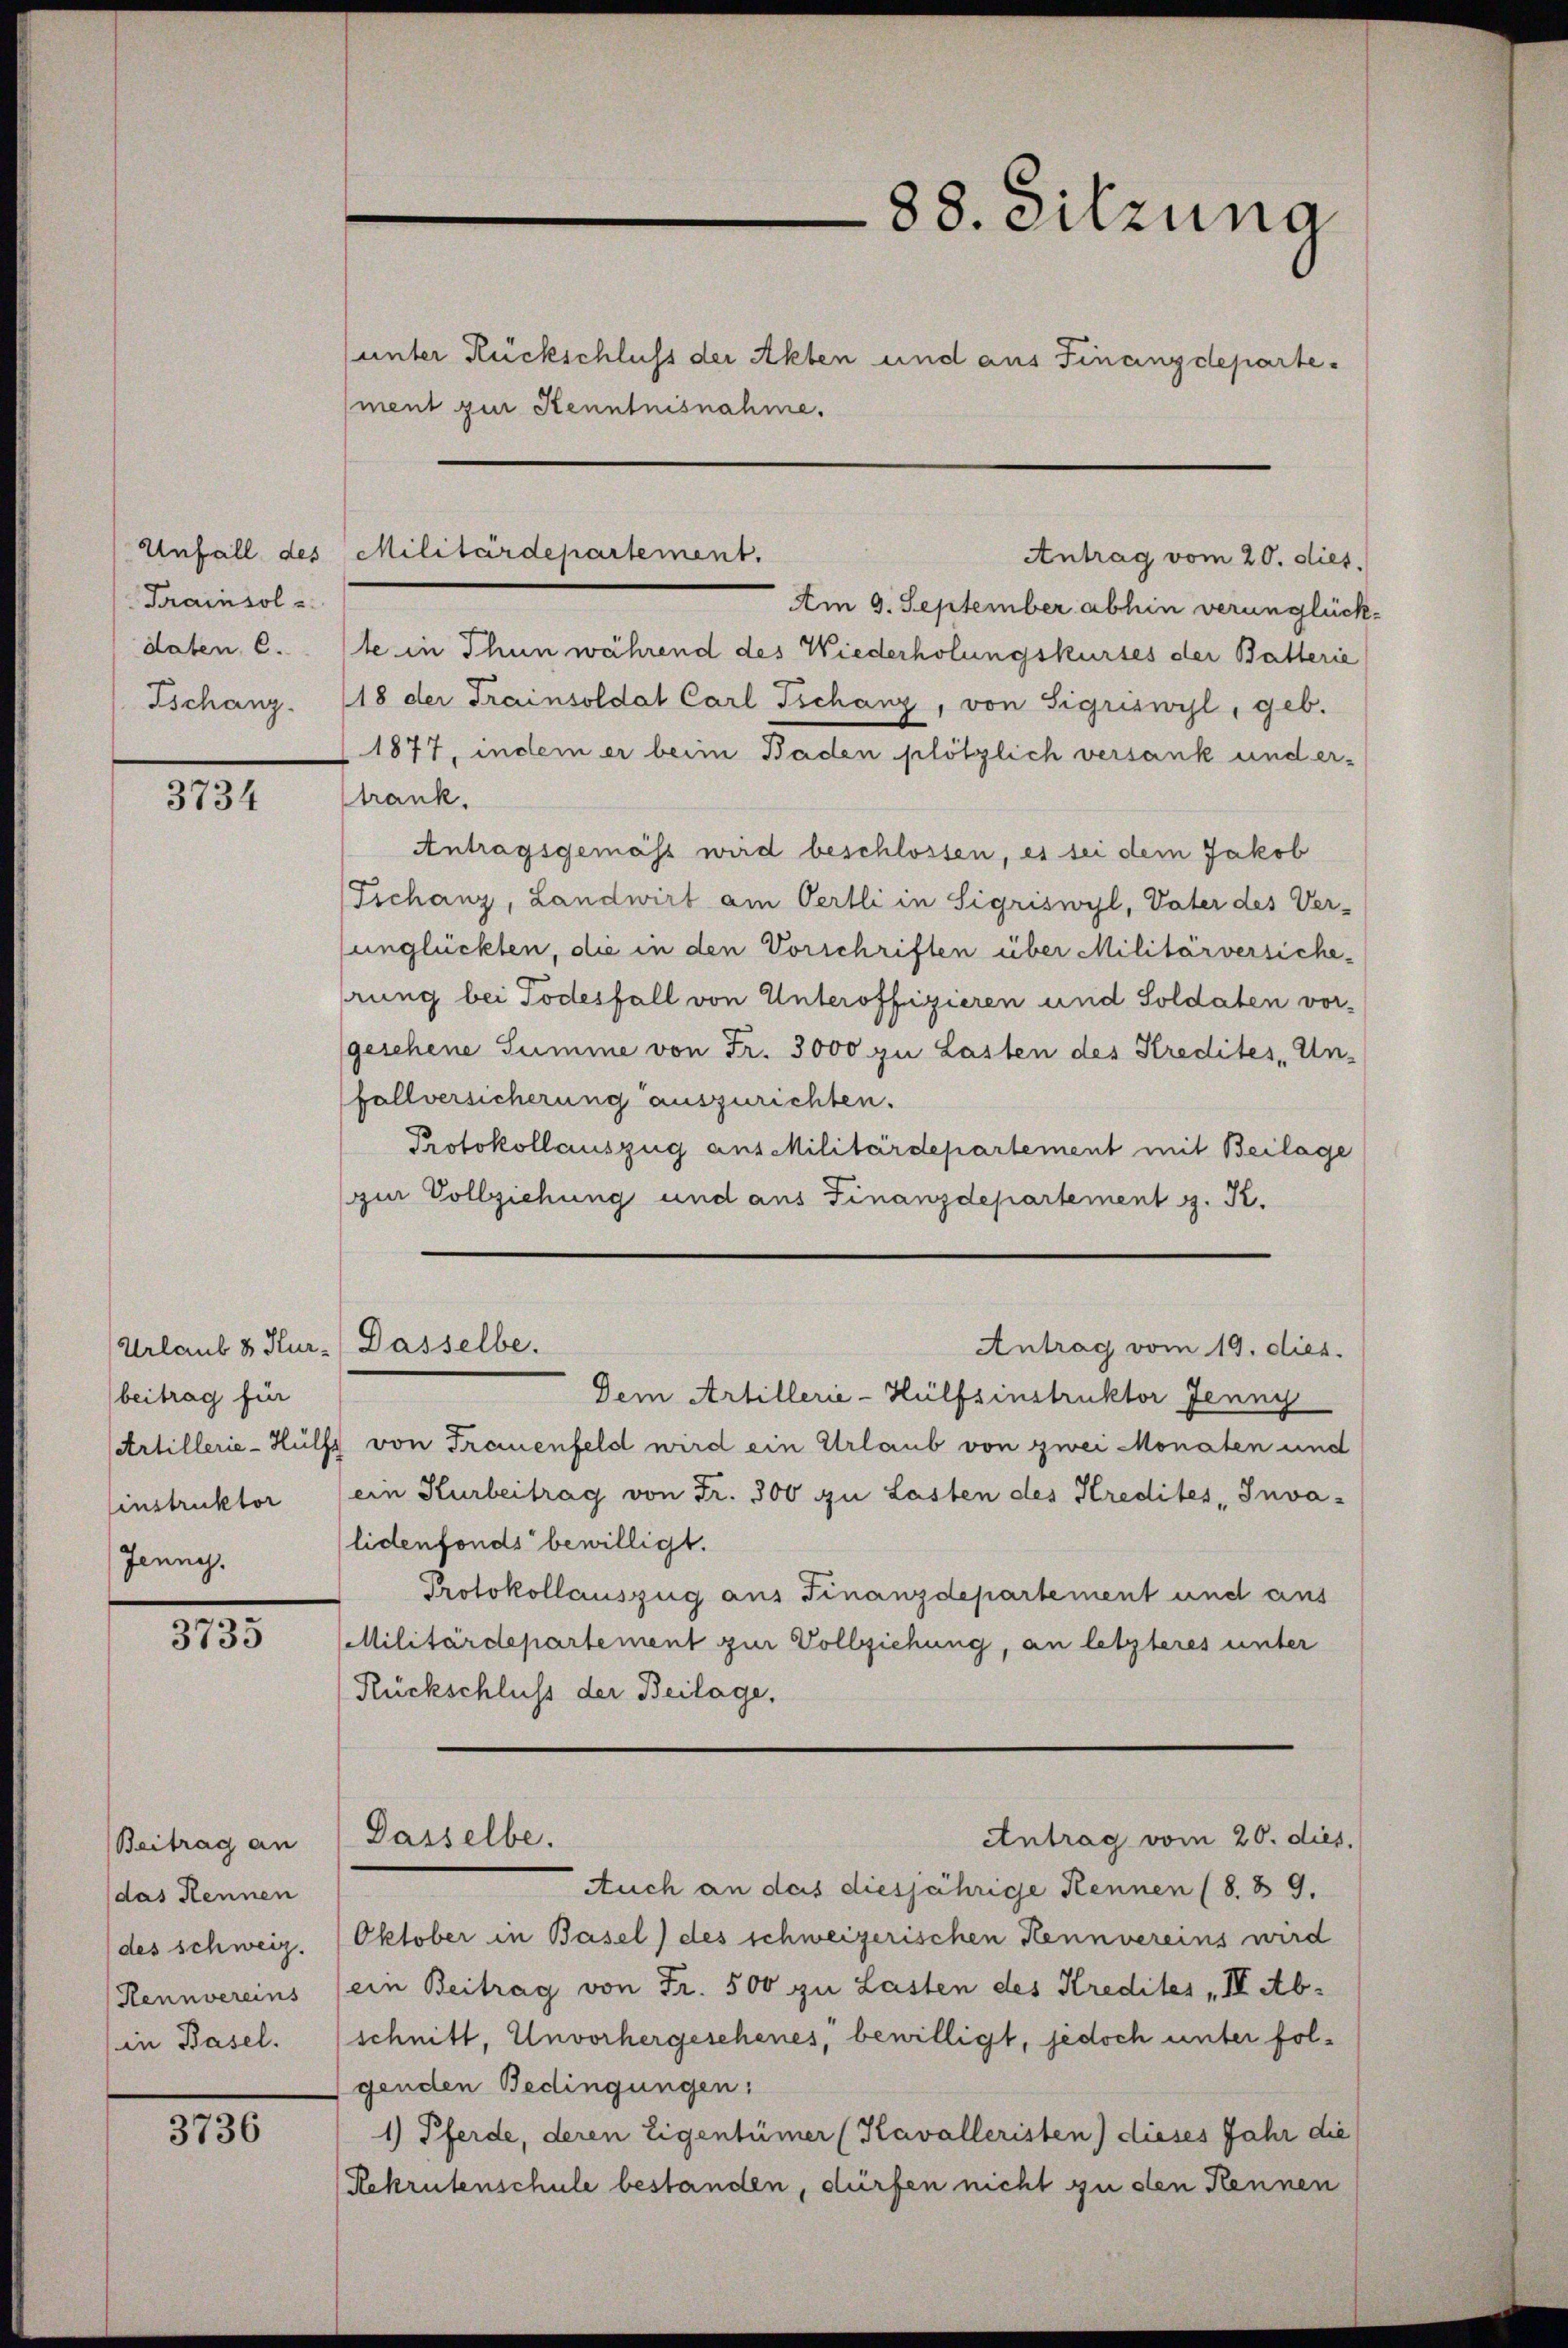
Krainsol z
daten, 6.
Tschanz.

3734

beitrag für
Einstruktor
Jenny.

3735

Beitrag an
(das Rennen
(des schweiz.
Hennvereins
in Basel.

3736

Unfall des Militärdepartement.

e
88. Sitzung
unter Rückschluss der Akten und aus Finanzdeparte¬
(ment zur Kenntnisnahme.

Am 9. September abhin verunglück
te in Thun während des Wiederholungskurses der Batterie
18 der Trainsoldat Carl Tschanz, von Sigriswyl, geb.
(1877, indem er beim Baden plötzlich versank und er-
trank.
Antragsgemäss wird beschlossen, es sei dem Jakob
Tschanz, Landwirt am Oertli in Sigriswyl, Vater des Ver-
unglückten, die in den Vorschriften über Militärversiche-
rung bei Todesfall von Unteroffizieren und Soldaten vor-
gesehene Summe von Fr. 3000 zu Lasten des Stredites Un-
fallversicherung auszurichten.
Protokollauszug aus Militärdepartement mit Beilage
zur Vollziehung und aus Finanzdepartement g. K.
Urlaub & Hur. Dasselbe.
Antrag vom 19. dies.
Dem Artillerie-Hülfsinstruktor Jenny
Artillerie-Hülfs von Frauenfeld wird ein Urlaub von zwei Monaten und
ein Kurbeitrag von Fr. 300 zu Lasten des Kredites Invalidenfonds bewilligt.
Protokollauszug aus Finanzdepartement und aus
Militärdepartement zur Vollziehung, an letzteres unter
Rückschluss der Beilage,

Antrag vom 20. dies.

Auch an das diesjährige Kennen (8. 89.
Oktober in Basel) des schweizerischen Hennvereins wird
ein Beitrag von Fr. 500 zu Lasten des Kredites III Abschnitt, Unvorhergeschenes, bewilligt, jedoch unter folgenden Bedingungen:
1) Pferde, deren Eigentümer (Kavalleristen) dieses Jahr die
Rekrutenschule bestanden, dürfen nicht zu den Kennen

Dasselbe.
Antrag vom 20. dies,